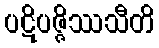
ပဋိပဇ္ဇိဿသီတိ